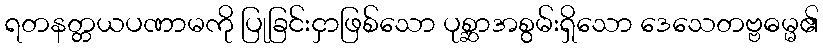
ရတနတ္တယပဏာမကို ပြုခြင်းငှာဖြစ်သော ပုစ္ဆာအစွမ်းရှိသော ဒေသေတဗ္ဗဓမ္မ၏